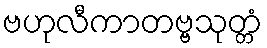
ဗဟုလီကာတဗ္ဗသုတ္တံ